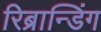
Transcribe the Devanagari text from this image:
रिब्रान्डिंग